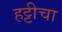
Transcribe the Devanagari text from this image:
हट्टीचा